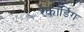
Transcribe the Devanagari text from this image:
रेकॉर्डिग